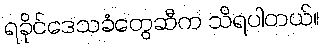
ရခိုင်ဒေသခံတွေဆီက သိရပါတယ်။